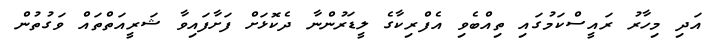
އަދި މިހާރު ރައީސްކަމުގައި ތިއްބެވި އެފްރިކާގެ ލީޑަރުންނާ ދެކޮޅަށް ފަށާފައިވާ ޝަރީއަތްތައް ވަގުތުން